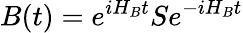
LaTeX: B(t)={{e}^{i{{H}_{B}}t}}S{{e}^{-i{{H}_{B}}t}}